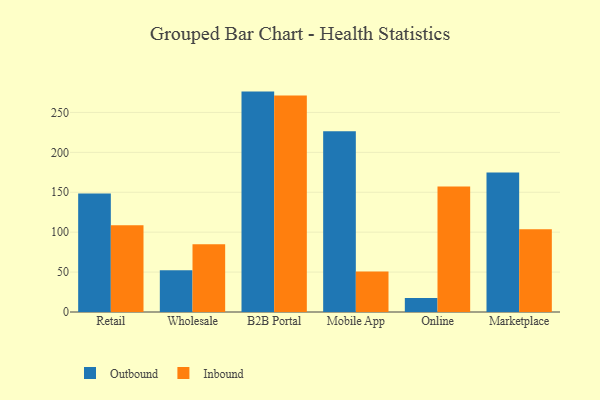
{"axis": {"x": "Channel", "y": "Bounce Rate (%)"}, "legend": ["Inbound", "Outbound"], "data": [{"x": "Retail", "y": 148.3, "type": "Outbound"}, {"x": "Retail", "y": 108.7, "type": "Inbound"}, {"x": "Wholesale", "y": 52.3, "type": "Outbound"}, {"x": "Wholesale", "y": 85.0, "type": "Inbound"}, {"x": "B2B Portal", "y": 276.1, "type": "Outbound"}, {"x": "B2B Portal", "y": 271.1, "type": "Inbound"}, {"x": "Mobile App", "y": 226.3, "type": "Outbound"}, {"x": "Mobile App", "y": 50.6, "type": "Inbound"}, {"x": "Online", "y": 17.5, "type": "Outbound"}, {"x": "Online", "y": 157.1, "type": "Inbound"}, {"x": "Marketplace", "y": 174.6, "type": "Outbound"}, {"x": "Marketplace", "y": 103.8, "type": "Inbound"}]}